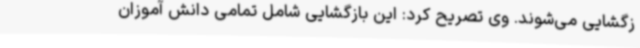
زگشایی می‌شوند. وی تصریح کرد: این بازگشایی شامل تمامی دانش آموزان